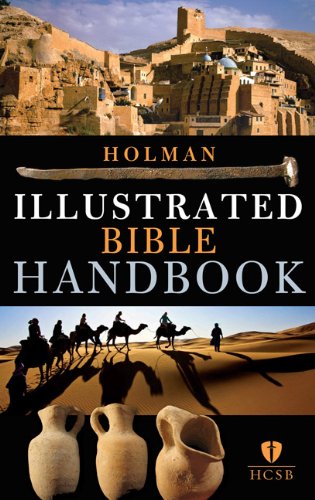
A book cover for Holman Illustrated Bible Handbook; B&H Editorial Staff; Christian Books & Bibles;